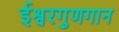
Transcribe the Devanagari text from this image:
ईश्वरगुणगान